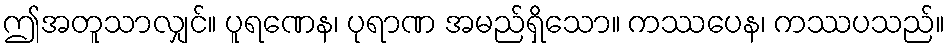
ဤအတူသာလျှင်။ ပူရဏေန၊ ပုရာဏ အမည်ရှိသော။ ကဿပေန၊ ကဿပသည်။